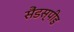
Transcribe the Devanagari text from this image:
सैंडस्‍पीड